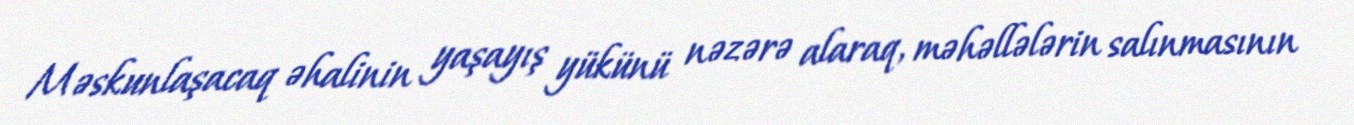
Məskunlaşacaq əhalinin yaşayış yükünü nəzərə alaraq, məhəllələrin salınmasının